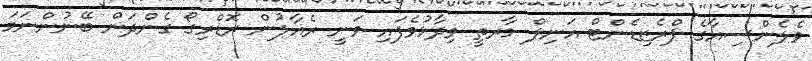
ވެލެންސިއާގެ ޕްރެޒިޑެންޓް އަނިލް މާރތީ ވިދާޅުވެފައި ވަނީ ރެއާލުން ރޮޑްރިގޯ ގެންދަން ބޭނުންނަމަ